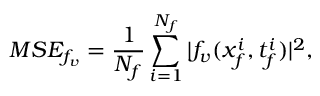
M S E _ { f _ { v } } = \frac { 1 } { N _ { f } } \sum _ { i = 1 } ^ { N _ { f } } | f _ { v } ( x _ { f } ^ { i } , t _ { f } ^ { i } ) | ^ { 2 } ,